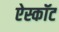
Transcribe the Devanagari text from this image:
ऐस्कॉट